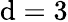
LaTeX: \mathrm{d}=3